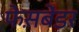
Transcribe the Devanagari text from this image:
फेस़बेंडर